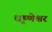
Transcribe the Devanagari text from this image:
धृष्णेश्वर